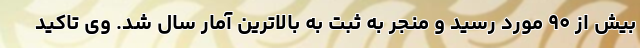
بیش از ۹۰ مورد رسید و منجر به ثبت به بالاترین آمار سال شد. وی تاکید